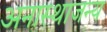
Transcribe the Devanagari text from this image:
अनास्थाजन्य